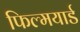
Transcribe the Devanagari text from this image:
फिल्मयार्ड